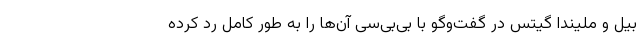
بیل و ملیندا گیتس در گفت‌وگو با بی‌بی‌سی آن‌ها را به طور کامل رد کرده